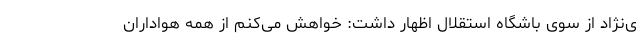
ی‌نژاد از سوی باشگاه استقلال اظهار داشت:‌ خواهش می‌کنم از همه هواداران